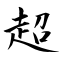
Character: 超